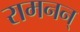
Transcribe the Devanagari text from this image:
रामनन्‌